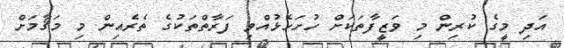
އަދި މީގެ ކުރިން މި ވަޒީފާތަކަށް ހުށަހެޅުއްވި ފަރާތްތަކުގެ ތެރެއިން މި މަޤާމަށް